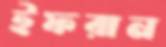
ইফরান